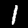
Digit: 1